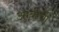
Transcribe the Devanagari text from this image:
आर्बरची